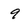
Character: 9